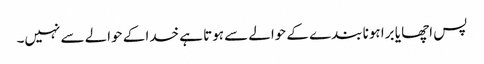
پس اچھا یا برا ہونا بندے کے حوالے سے ہوتا ہے خدا کے حوالے سے نہیں۔